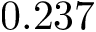
0 . 2 3 7